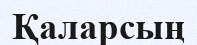
Қаларсың